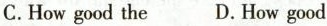
C.How good the D.How good